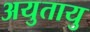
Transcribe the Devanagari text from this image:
अयुतायु